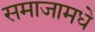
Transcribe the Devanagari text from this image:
समाजामधे